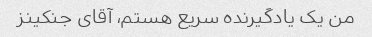
من یک یادگیرنده سریع هستم، آقای جنکینز